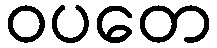
ဝပတေ